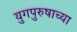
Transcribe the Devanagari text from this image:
युगपुरुषाच्या